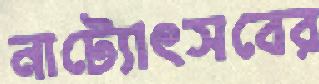
নাট্যোৎসবের